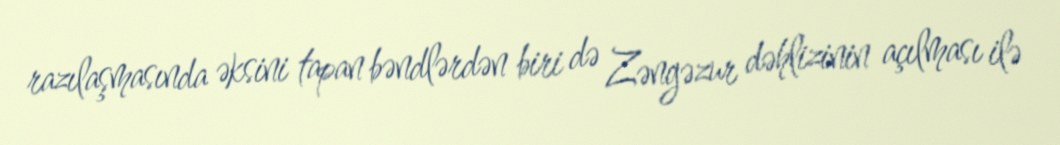
razılaşmasında əksini tapan bəndlərdən biri də Zəngəzur dəhlizinin açılması ilə